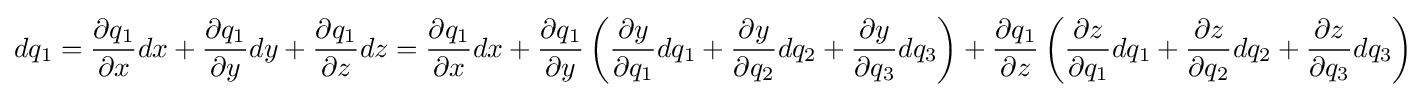
dq_{1}={\dfrac {\partial q_{1}}{\partial x}}dx+{\dfrac {\partial q_{1}}{\partial y}}dy+{\dfrac {\partial q_{1}}{\partial z}}dz={\dfrac {\partial q_{1}}{\partial x}}dx+{\dfrac {\partial q_{1}}{\partial y}}\left({\dfrac {\partial y}{\partial q_{1}}}dq_{1}+{\dfrac {\partial y}{\partial q_{2}}}dq_{2}+{\dfrac {\partial y}{\partial q_{3}}}dq_{3}\right)+{\dfrac {\partial q_{1}}{\partial z}}\left({\dfrac {\partial z}{\partial q_{1}}}dq_{1}+{\dfrac {\partial z}{\partial q_{2}}}dq_{2}+{\dfrac {\partial z}{\partial q_{3}}}dq_{3}\right)